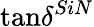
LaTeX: \tan\! \delta^{SiN}